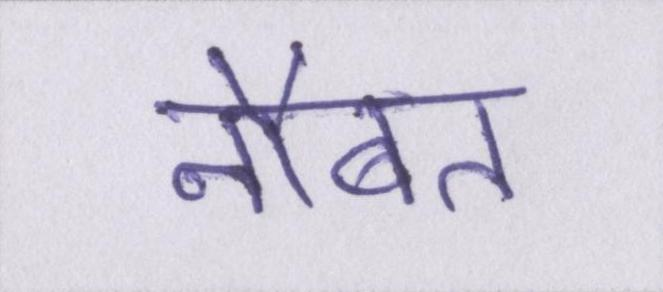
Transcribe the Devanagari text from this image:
नौबत